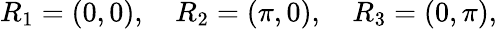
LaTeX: R_{1}=\left(0,0\right),\quad R_{2}=\left(\pi,0\right),\quad R_{3}=\left(0,\pi\right),